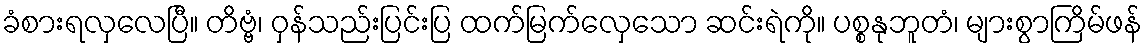
ခံစားရလှလေပြီ။ တိဗ္ဗံ၊ ဝှန်သည်းပြင်းပြ ထက်မြက်လှေသော ဆင်းရဲကို။ ပစ္စနုဘူတံ၊ များစွာကြိမ်ဖန်